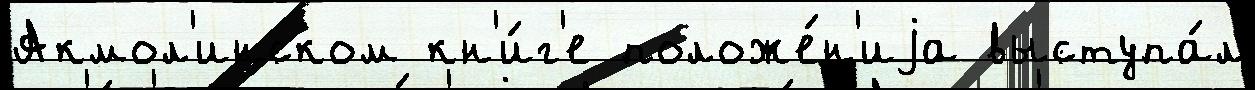
Акмол'инском кн'и́г'е положе́н'иjа выступа́л